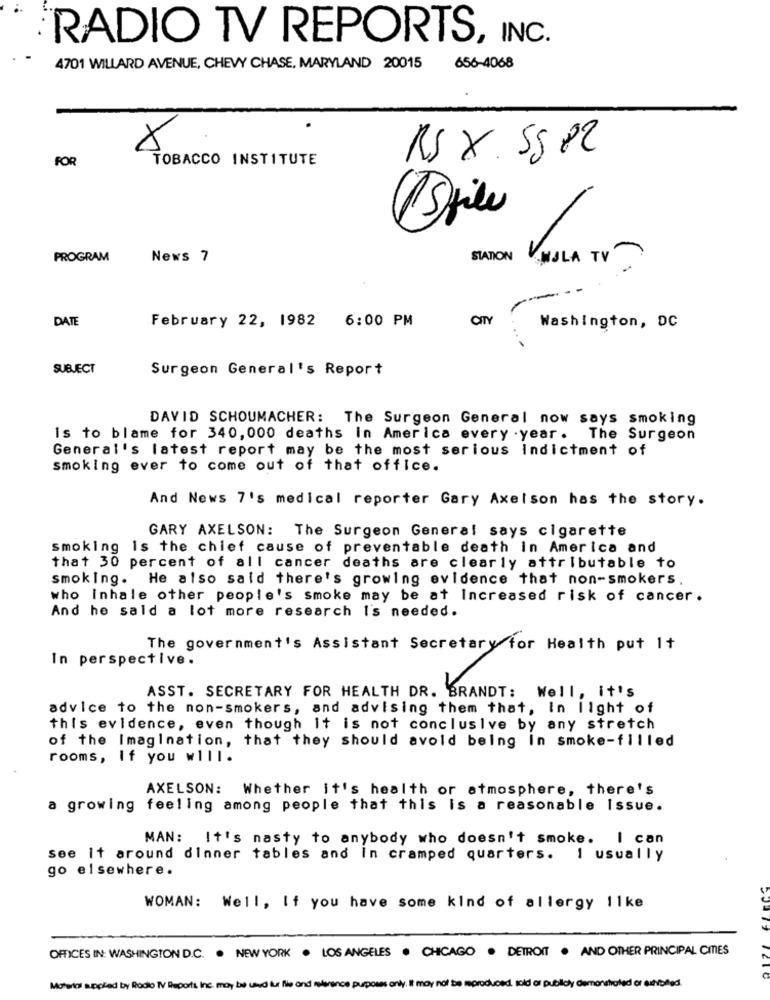
RADIO TV REPORTS, INC.
4701 WILLARD AVENUE, CHEVY CHASE, MARYLAND 20015
656-4068
FOR
TOBACCO INSTITUTE
RS X. 55 82
1file
PROGRAM
News 7
STATION NULA TV
DATE
CITY
February 22, 1982 6:00 PM
Washington, DC
SUBJECT
Surgeon General's Report
DAVID SCHOUMACHER: The Surgeon General now says smoking
Is to blame for 340, 000 deaths in America every year. The Surgeon
General's latest report may be the most serious Indictment of
smoking ever to come out of that office.
And News 7's medical reporter Gary Axelson has the story.
GARY AXELSON: The Surgeon General says cigarette
smoking is the chief cause of preventable death in America and
that 30 percent of all cancer deaths are clearly attributable to
smoking. He also said there's growing evidence that non-smokers.
who Inhale other people's smoke may be at Increased risk of cancer.
And he said a lot more research I's needed.
The government's Assistant Secretary for Health put 1+
In perspective.
ASST. SECRETARY FOR HEALTH DR. BRANDT: Well, it's
advice to the non-smokers, and advising them that, In light of
this evidence, even though it is not conclusive by any stretch
of the Imagination, that they should avoid being in smoke-filled
rooms, If you will.
AXELSON: Whether it's health or atmosphere, there's
a growing feeling among people that this is a reasonable Issue.
MAN:
It's nasty to anybody who doesn't smoke. I can
see it around dinner tables and In cramped quarters. I usually
go elsewhere.
WOMAN: Well, If you have some kind of allergy 11ke
OFFICES IN: WASHINGTON D.C. . NEW YORK . LOS ANGELES . CHICAGO . DETROIT . AND OTHER PRINCIPAL CITIES
Material applied by Rodio TV Reports Inc. may be used but lle and reference purposes only, it may not be reproduced, sold or publicly demonstrated or outbiled.